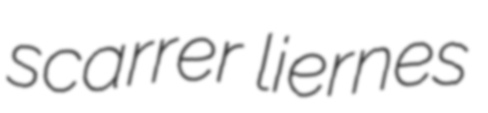
scarrer liernes